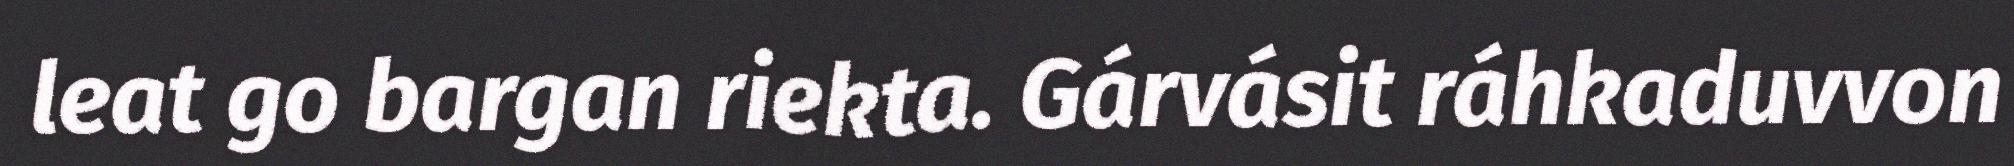
leat go bargan riekta. Gárvásit ráhkaduvvon